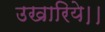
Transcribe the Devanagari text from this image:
उखारिये।।